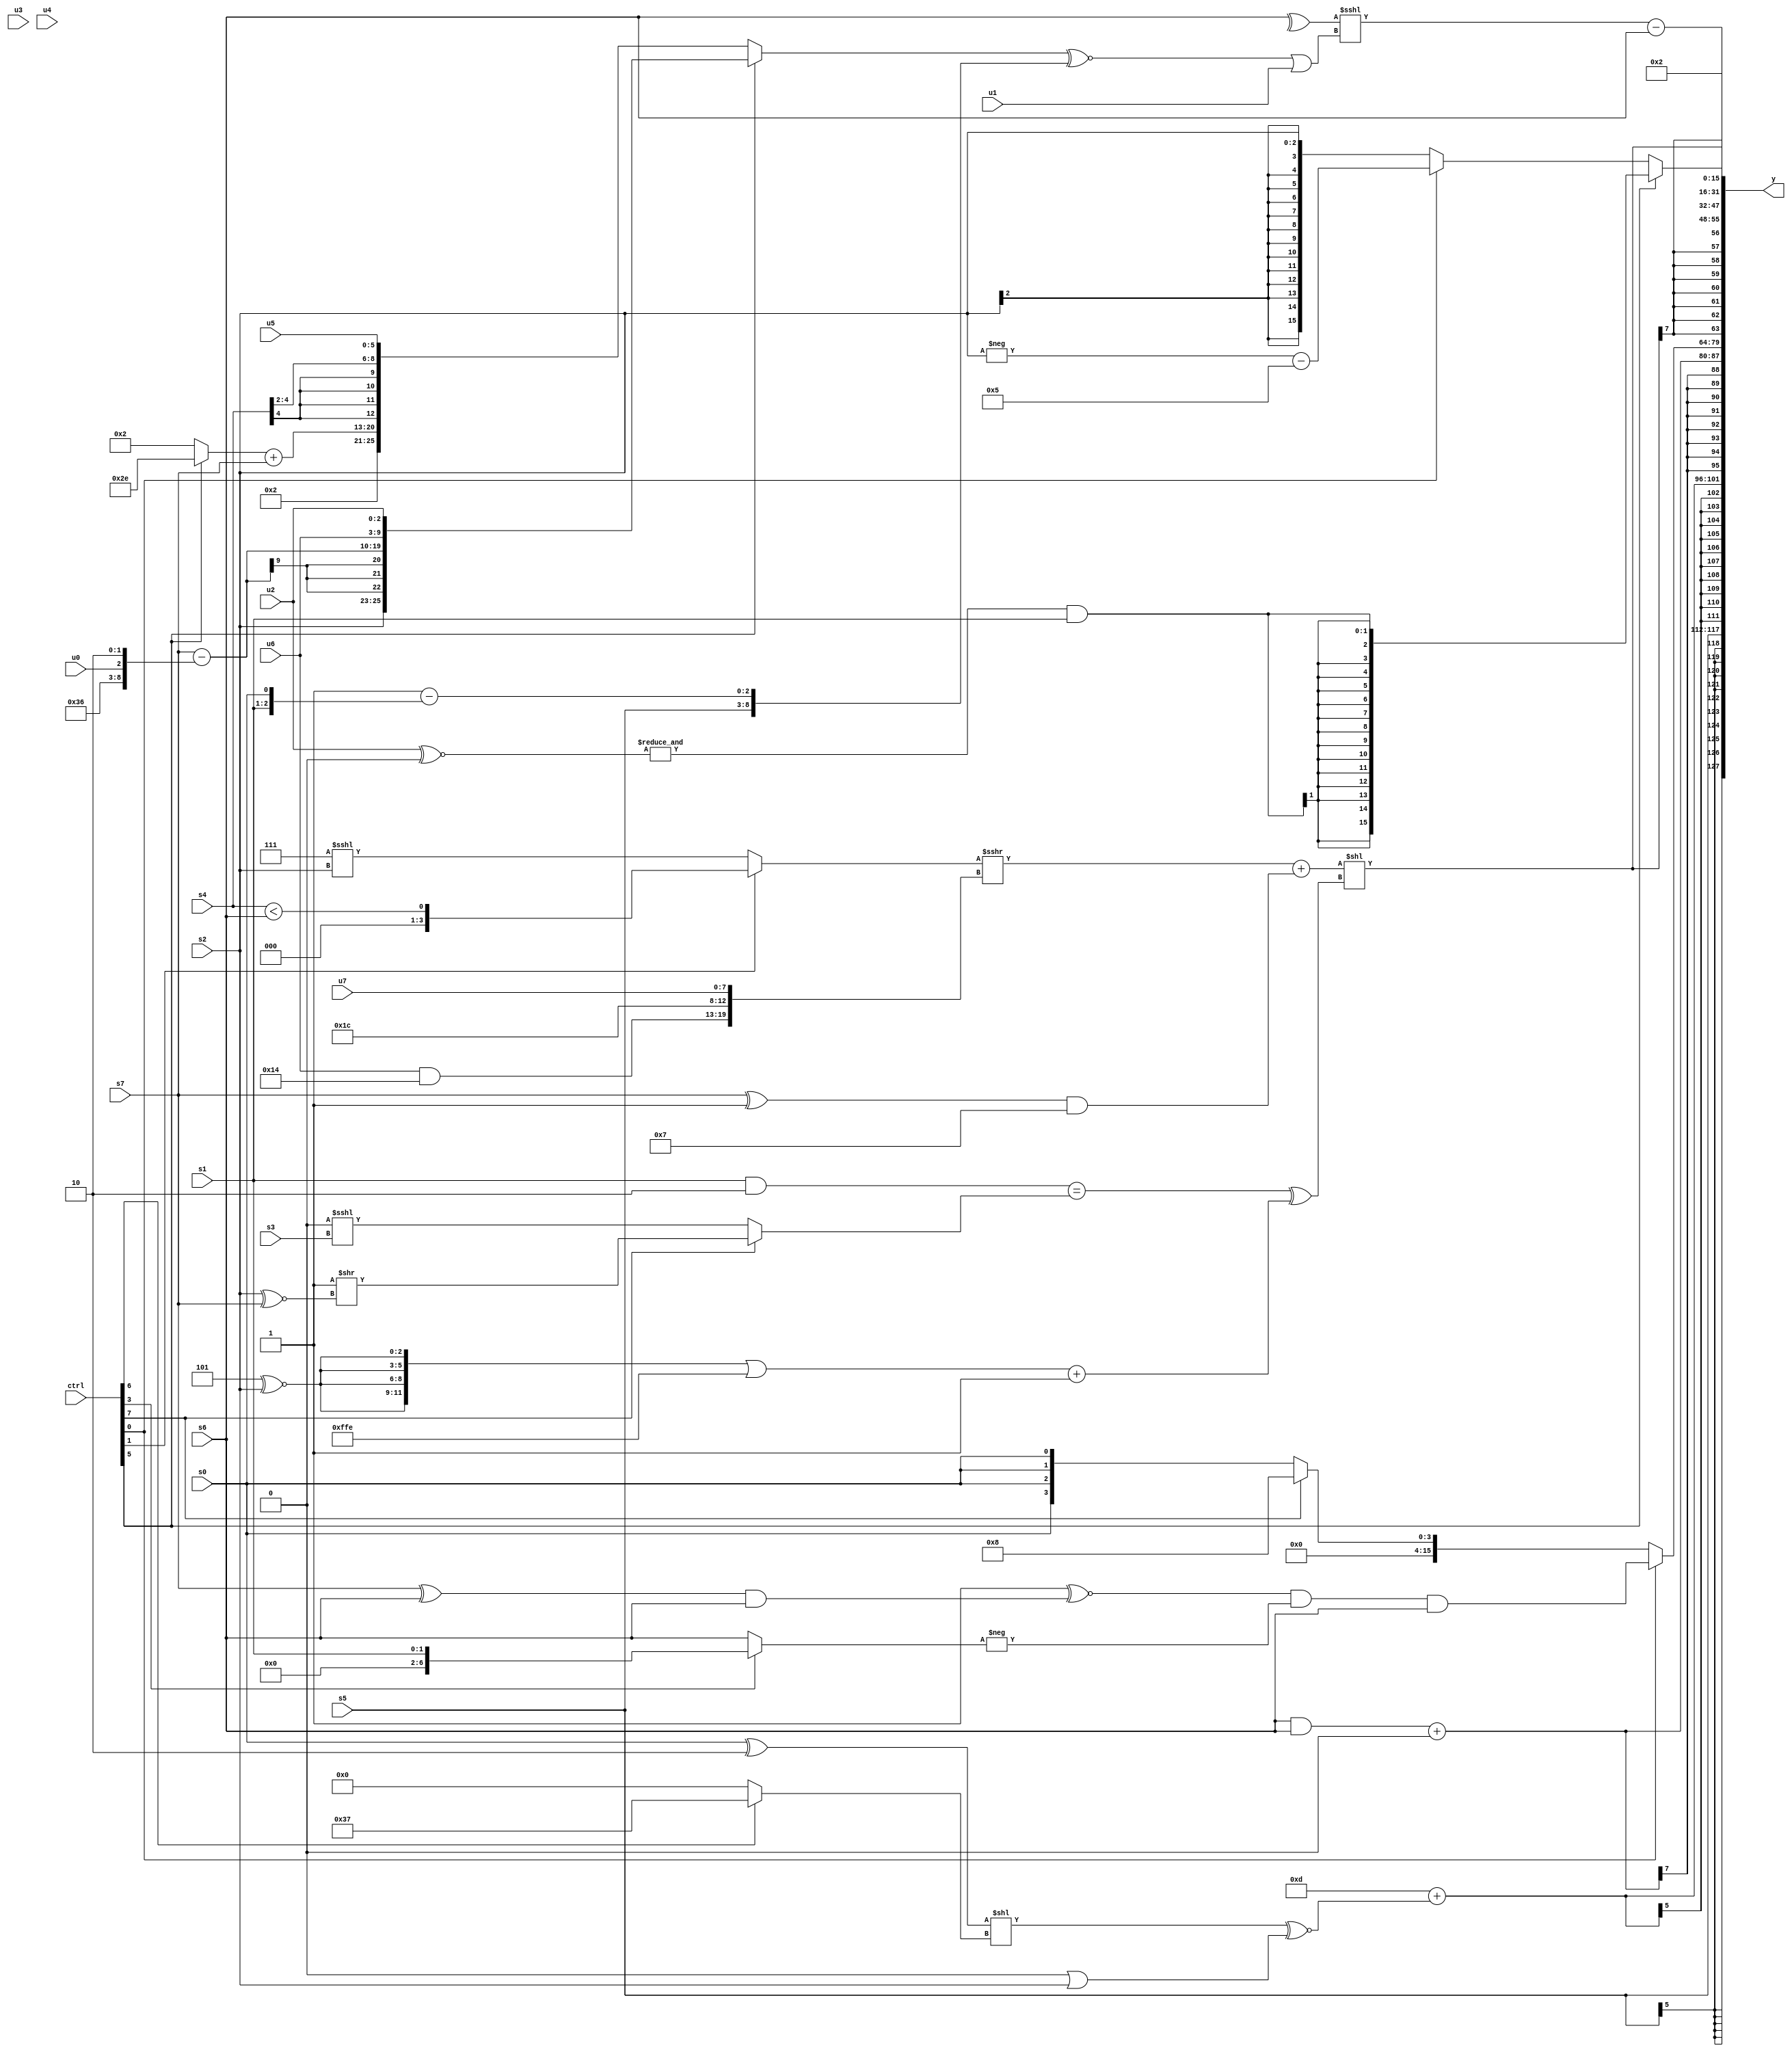
module wideexpr_00494(ctrl, u0, u1, u2, u3, u4, u5, u6, u7, s0, s1, s2, s3, s4, s5, s6, s7, y);
  input [7:0] ctrl;
  input [0:0] u0;
  input [1:0] u1;
  input [2:0] u2;
  input [3:0] u3;
  input [4:0] u4;
  input [5:0] u5;
  input [6:0] u6;
  input [7:0] u7;
  input signed [0:0] s0;
  input signed [1:0] s1;
  input signed [2:0] s2;
  input signed [3:0] s3;
  input signed [4:0] s4;
  input signed [5:0] s5;
  input signed [6:0] s6;
  input signed [7:0] s7;
  output [127:0] y;
  wire [15:0] y0;
  wire [15:0] y1;
  wire [15:0] y2;
  wire [15:0] y3;
  wire [15:0] y4;
  wire [15:0] y5;
  wire [15:0] y6;
  wire [15:0] y7;
  assign y = {y0,y1,y2,y3,y4,y5,y6,y7};
  assign y0 = $signed(s5);
  assign y1 = $signed($unsigned((6'sb001101)+((((s0)^(5'sb11110))<<((ctrl[6]?6'sb110111:1'sb0)))^~(((1'sb0)|(s2))>>((1'sb0)>>>(6'sb110000))))));
  assign y2 = ($signed((s6)&(s6)))+((3'sb000)<<<(5'sb11010));
  assign y3 = (ctrl[0]?(((3'sb001)^~(((s7)^(s6))&(s6)))&(-((ctrl[3]?{1{s1}}:(s6)<<<(1'b0)))))&(s6):$signed($signed((ctrl[7]?4'sb1000:s0))));
  assign y4 = $signed({1{(($signed(((ctrl[1]?(s4)<(s6):(4'b0111)<<<(s2)))>>>({(u6)&(5'b10100),5'sb11100,+(u7)})))+(((s7)^(1'sb1))&(($signed(4'sb0111))>>>(($signed(1'b0))<<(4'b1100)))))<<((($signed((s1)&(2'sb10)))==((ctrl[7]?($signed(1'sb1))>>((s2)^~(s7)):(+(2'b00))<<<(+(s3)))))^((({4{(3'sb101)^~(s2)}})|(~((3'b001)>>>(2'sb00))))+(1'sb1)))}});
  assign y5 = (ctrl[5]?($signed(&((u2)^~(2'b00))))&(s1):(ctrl[0]?(ctrl[5]?((s2)>>(s1))<<((u0)<<<(3'sb000)):(-(s2))-(5'sb00101)):s2));
  assign y6 = 5'b00010;
  assign y7 = ((^(s6))<<<($signed((((ctrl[5]?{s2,(s7)-({4'sb0000,6'sb110110,u0,2'sb10}),(ctrl[5]?$signed(u6):s6),u2}:{3'sb010,((ctrl[5]?6'sb101110:5'b00010))+($unsigned(s7)),(ctrl[5]?s6:(s4)>>>(3'sb010)),u5}))^~($unsigned({+($signed(s5)),(^(4'sb0111))-({s1,s0})})))|(u1))))-(s6);
endmodule